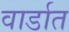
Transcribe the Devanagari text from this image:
वार्डात